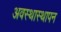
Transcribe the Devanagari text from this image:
अवस्थास्थापन